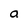
Character: a